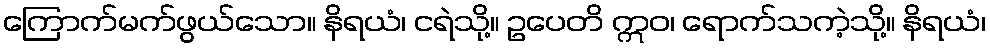
ကြောက်မက်ဖွယ်သော။ နိရယံ၊ ငရဲသို့။ ဥပေတိ ဣဝ၊ ရောက်သကဲ့သို့။ နိရယံ၊